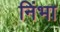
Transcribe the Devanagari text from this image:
निंभा